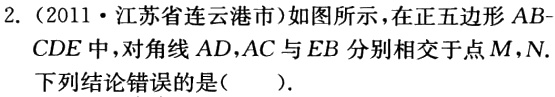
2.（2011·江苏省连云港市）如图所示，在正五边形\(ABCDE\)中，对角线\(AD,AC\)与\(EB\)分别相交于点\(M,N\). 下列结论错误的是(  ).